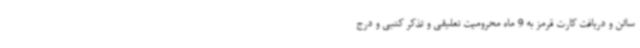
سالن و دریافت کارت قرمز به 9 ماه محرومیت تعلیقی و تذکر کتبی و درج